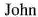
John